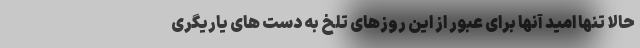
حالا تنها امید آنها برای عبور از این روزهای تلخ به دست های یاریگری